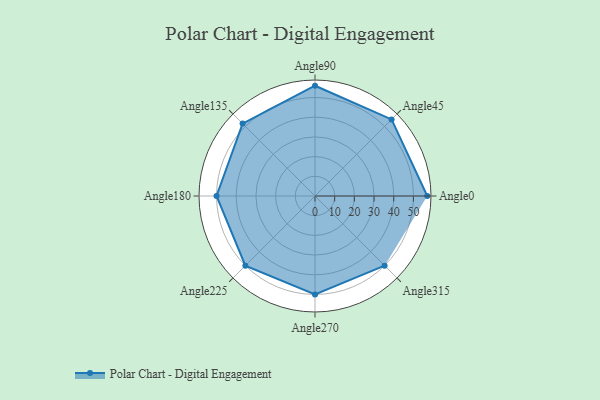
{"axis": {"x": "Angle", "y": "Radius"}, "legend": [""], "data": [{"x": "Angle0", "y": 57.0, "type": ""}, {"x": "Angle45", "y": 55.0, "type": ""}, {"x": "Angle90", "y": 56.0, "type": ""}, {"x": "Angle135", "y": 52.0, "type": ""}, {"x": "Angle180", "y": 50, "type": ""}, {"x": "Angle225", "y": 50, "type": ""}, {"x": "Angle270", "y": 50, "type": ""}, {"x": "Angle315", "y": 50, "type": ""}]}